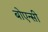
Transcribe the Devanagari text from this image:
बोएन्सी